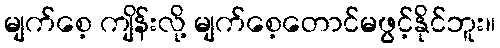
မျက်စေ့ ကျိန်းလို့ မျက်စေ့တောင်မဖွင့်နိုင်ဘူး။